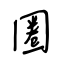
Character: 圈